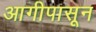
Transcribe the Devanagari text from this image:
आगीपासून